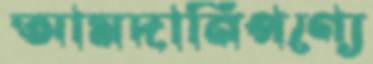
আমদানিপণ্যে